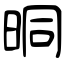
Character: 晍